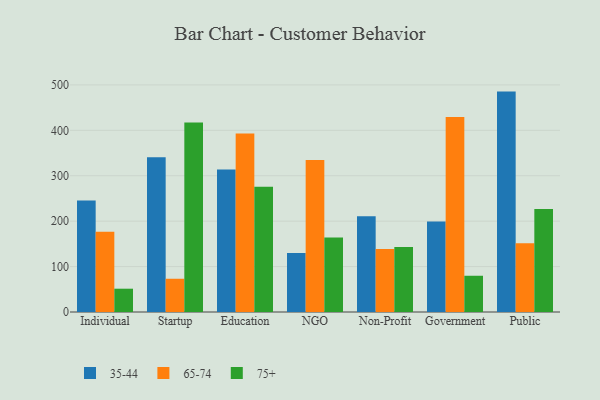
{"axis": {"x": "Segment", "y": "Energy Usage (MWh)"}, "legend": ["35-44", "65-74", "75+"], "data": [{"x": "Individual", "y": 245.3, "type": "35-44"}, {"x": "Individual", "y": 176.5, "type": "65-74"}, {"x": "Individual", "y": 51.3, "type": "75+"}, {"x": "Startup", "y": 340.9, "type": "35-44"}, {"x": "Startup", "y": 73.2, "type": "65-74"}, {"x": "Startup", "y": 417.0, "type": "75+"}, {"x": "Education", "y": 313.5, "type": "35-44"}, {"x": "Education", "y": 393.3, "type": "65-74"}, {"x": "Education", "y": 275.7, "type": "75+"}, {"x": "NGO", "y": 129.7, "type": "35-44"}, {"x": "NGO", "y": 334.7, "type": "65-74"}, {"x": "NGO", "y": 164.1, "type": "75+"}, {"x": "Non-Profit", "y": 210.8, "type": "35-44"}, {"x": "Non-Profit", "y": 138.7, "type": "65-74"}, {"x": "Non-Profit", "y": 143.2, "type": "75+"}, {"x": "Government", "y": 199.2, "type": "35-44"}, {"x": "Government", "y": 429.1, "type": "65-74"}, {"x": "Government", "y": 79.8, "type": "75+"}, {"x": "Public", "y": 485.3, "type": "35-44"}, {"x": "Public", "y": 151.2, "type": "65-74"}, {"x": "Public", "y": 226.8, "type": "75+"}]}